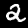
Digit: 2